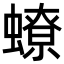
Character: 蟟